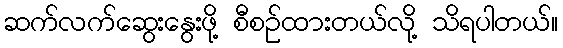
ဆက်လက်ဆွေးနွေးဖို့ စီစဉ်ထားတယ်လို့ သိရပါတယ်။